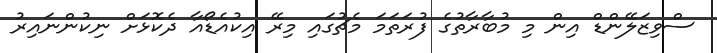
ސްވިޒަލޭންޑް އިން މި މުބާރާތުގެ ފުރަތަމަ މެޗުގައި މިރޭ އިކުއެޑޯއާ ދެކޮޅަށް ނިކުންނައިރު